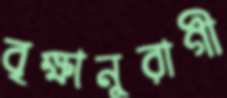
বৃক্ষানুরাগী